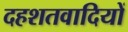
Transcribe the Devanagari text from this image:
दहशतवादियों